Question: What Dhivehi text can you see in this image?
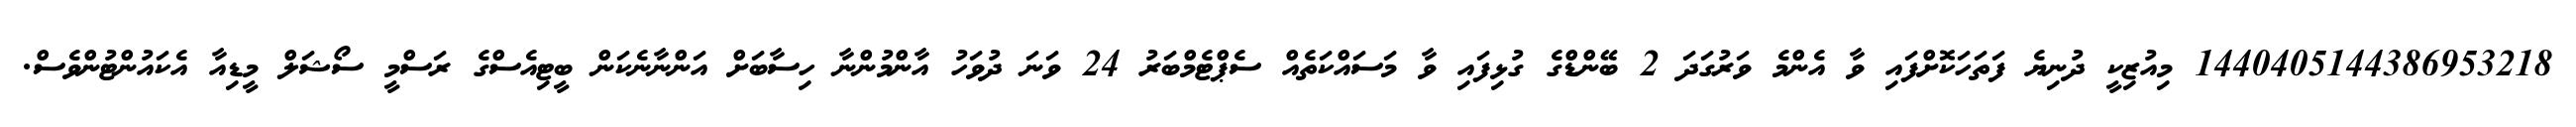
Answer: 1440405144386953218 މިއުޒިކީ ދުނިޔެ ފަތަހަކޮށްފައި ވާ އެންމެ ވަރުގަދަ 2 ބޭންޑްގެ ގުޅިފައި ވާ މަސައްކަތެއް ސެޕްޓެމްބަރު 24 ވަނަ ދުވަހު އާންމުންނާ ހިސާބަށް އަންނާނެކަން ބީޓިއެސްގެ ރަސްމީ ސޯޝަލް މީޑިއާ އެކައުންޓުންވެސް.